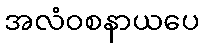
အလံဝစနာယပေ